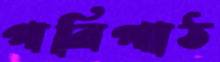
পরিপাঠ